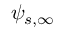
\psi _ { s , \infty }